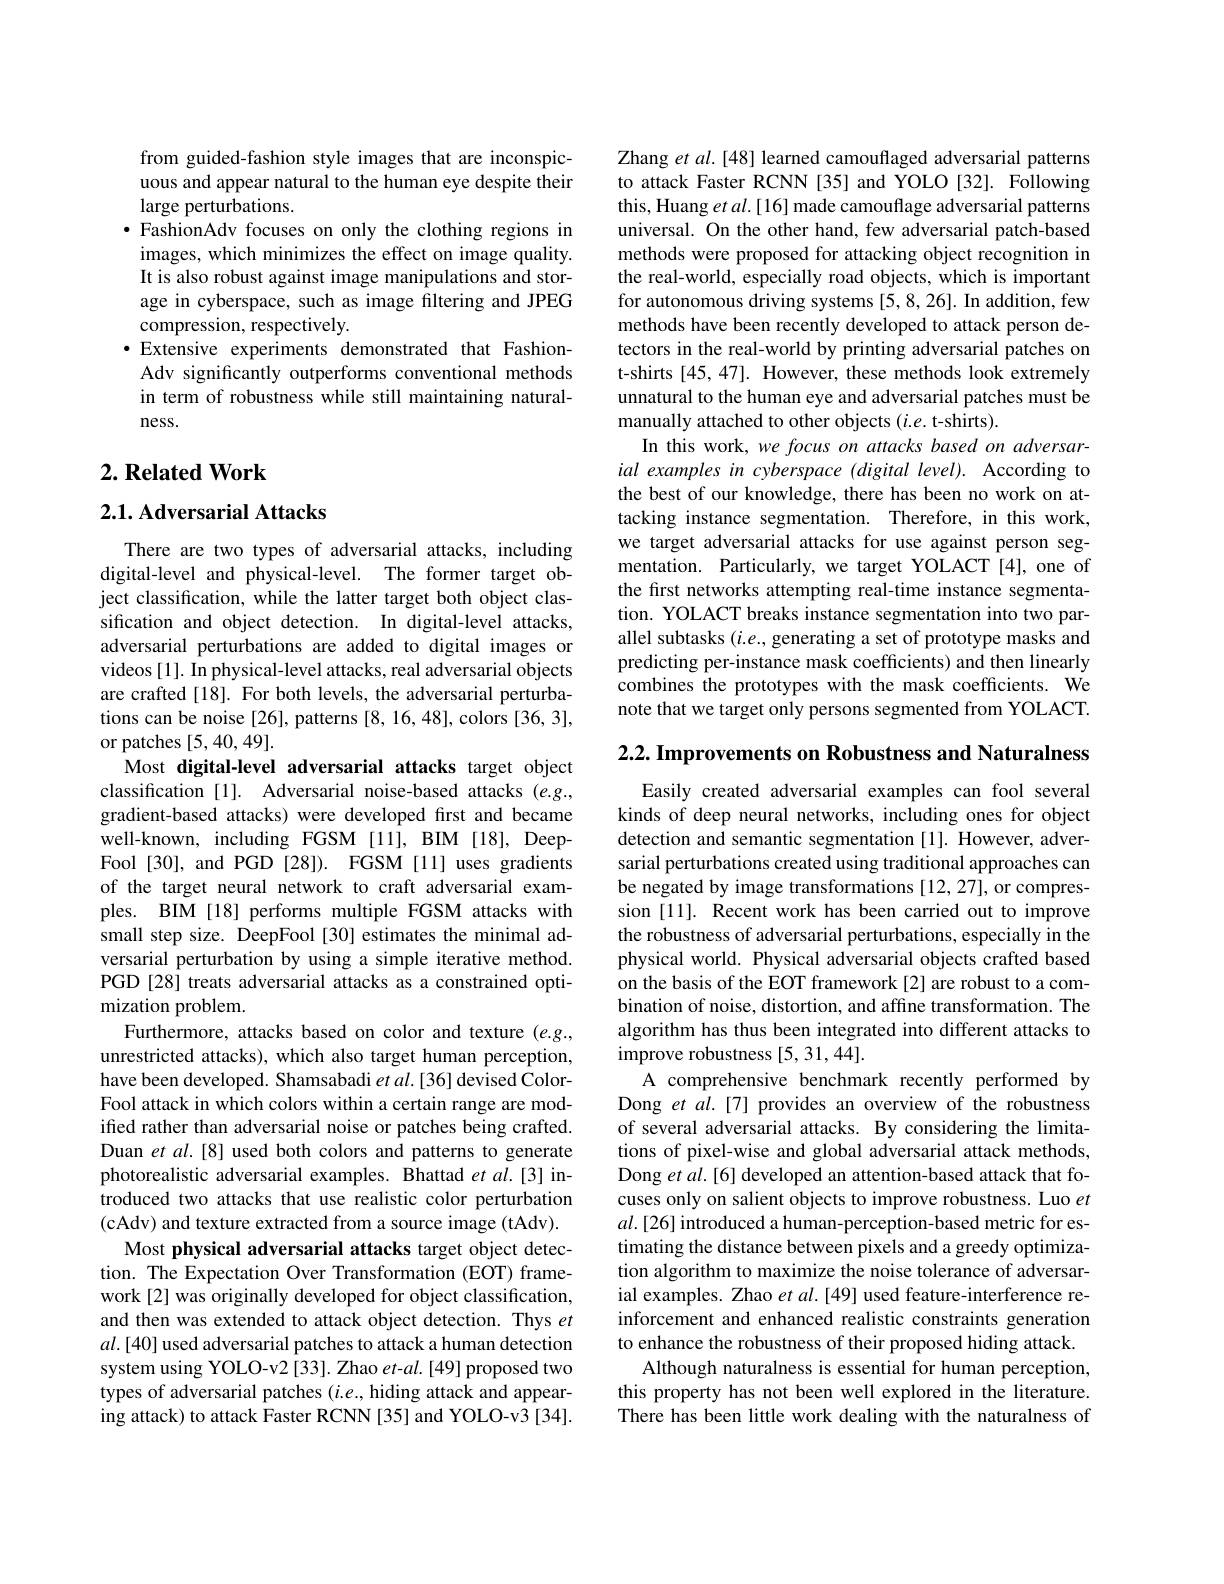
from guided-fashion style images that are inconspicuous and appear natural to the human eye despite their large perturbations.
·FashionAdv focuses on only the clothing regions in
images, which minimizes the effect on image quality. It is also robust against image manipulations and storage in cyberspace, such as image filtering and JPEG compression, respectively.
·Extensive experiments demonstrated that Fashion-
Adv significantly outperforms conventional methods in term of robustness while still maintaining naturalness.

## $2. \textbf{Related Work}$

## $2. 1. \textbf{Adversarial Attacks}$

There are two types of adversarial attacks, including digital-level and physical-level. The former target object classification, while the latter target both object classification and object detection. In digital-level attacks, adversarial perturbations are added to digital images or videos [1]. In physical-level attacks, real adversarial objects are crafted [18]. For both levels, the adversarial perturbations can be noise [26], patterns [8,16,48], colors [36,3], or patches [5,40,49].
Most digital-level adversarial attacks target object classification [1]. Adversarial noise-based attacks (e.g., gradient-based attacks) were developed frst and became well-known, including FGSM [11], BIM [18], DeepFool [30], and PGD [28]). FGSM [11] uses gradients of the target neural network to craft adversarial examples. BIM [18] performs multiple FGSM attacks with small step size. DeepFool [30] estimates the minimal adversarial perturbation by using a simple iterative method. PGD [28] treats adversarial attacks as a constrained optimization problem.
Furthermore, attacks based on color and texture $(e.g.$, unrestricted attacks), which also target human perception, have been developed. Shamsabadi et al.[36] devised ColorFool attack in which colors within a certain range are modiffed rather than adversarial noise or patches being crafted. Duan et al.[8] used both colors and patterns to generate photorealistic adversarial examples. Bhattad $etal.[3]$ introduced two attacks that use realistic color perturbation (cAdv) and texture extracted from a source image (tAdv).
Most physical adversarial attacks target object detection. The Expectation Over Transformation (EOT) framework [2] was originally developed for object classification, and then was extended to attack object detection. Thys $et$ $al.[40]$ used adversarial patches to attack a human detection system using YOLO-v2 [33]. Zhao et-al.[49] proposed two types of adversarial patches $(i.e.$, hiding attack and appearing attack) to attack Faster RCNN [35] and YOLO-v3 [34].

Zhang et al.[48] learned camouflaged adversarial patterns to attack Faster RCNN [35] and YOLO [32]. Following this, Huang et al. [16] made camouflage adversarial patterns universal. On the other hand, few adversarial patch-based methods were proposed for attacking object recognition in the real-world, especially road objects, which is important for autonomous driving systems [5,8,26]. In addition, few methods have been recently developed to attack person detectors in the real-world by printing adversarial patches on t-shirts [45,47]. However, these methods look extremely unnatural to the human eye and adversarial patches must be manually attached to other objects (i.e. t-shirts).
In this work, we focus on attacks based on adversarial examples in cyberspace (digital level). According to the best of our knowledge, there has been no work on attacking instance segmentation. Therefore, in this work, we target adversarial attacks for use against person segmentation. Particularly, we target YOLACT[4], one of the first networks attempting real-time instance segmentation. YOLACT breaks instance segmentation into two parallel subtasks $(i.e.$, generating a set of prototype masks and predicting per-instance mask coefficients) and then linearly combines the prototypes with the mask coefficients. We note that we target only persons segmented from YOLACT.

$2. 2. \textbf{ Improvements on Robustness and Naturalness}$
Easily created adversarial examples can fool several kinds of deep neural networks, including ones for object detection and semantic segmentation [1]. However, adversarial perturbations created using traditional approaches can be negated by image transformations [12,27], or compression [11]. Recent work has been carried out to improve the robustness of adversarial perturbations, especially in the physical world. Physical adversarial objects crafted based on the basis of the EOT framework [2] are robust to a combination of noise, distortion, and affine transformation. The algorithm has thus been integrated into different attacks to improve robustness [5,31,44].
A comprehensive benchmark recently performed by Dong et al.[7] provides an overview of the robustness of several adversarial attacks. By considering the limitations of pixel-wise and global adversarial attack methods, Dong et al.[6] developed an attention-based attack that focuses only on salient objects to improve robustness. Luo $et$ $al.[26]$ introduced a human-perception-based metric for estimating the distance between pixels and a greedy optimization algorithm to maximize the noise tolerance of adversarial examples. Zhao $etal.[49]$ used feature-interference reinforcement and enhanced realistic constraints generation to enhance the robustness of their proposed hiding attack.
Although naturalness is essential for human perception, this property has not been well explored in the literature. There has been little work dealing with the naturalness of